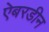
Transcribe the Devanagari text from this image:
ऐबरडीन